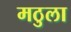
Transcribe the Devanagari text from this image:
मठुला